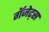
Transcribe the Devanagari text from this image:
गॅजेट्स